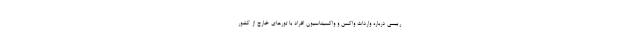
رییسی درباره واردات واکسن و واکسیناسیون افراد با تور‌های خارج از کشور